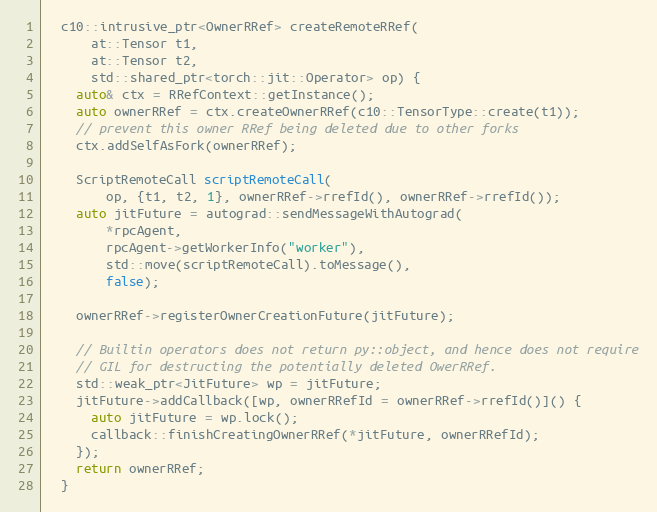
Language: C
  c10::intrusive_ptr<OwnerRRef> createRemoteRRef(
      at::Tensor t1,
      at::Tensor t2,
      std::shared_ptr<torch::jit::Operator> op) {
    auto& ctx = RRefContext::getInstance();
    auto ownerRRef = ctx.createOwnerRRef(c10::TensorType::create(t1));
    // prevent this owner RRef being deleted due to other forks
    ctx.addSelfAsFork(ownerRRef);

    ScriptRemoteCall scriptRemoteCall(
        op, {t1, t2, 1}, ownerRRef->rrefId(), ownerRRef->rrefId());
    auto jitFuture = autograd::sendMessageWithAutograd(
        *rpcAgent,
        rpcAgent->getWorkerInfo("worker"),
        std::move(scriptRemoteCall).toMessage(),
        false);

    ownerRRef->registerOwnerCreationFuture(jitFuture);

    // Builtin operators does not return py::object, and hence does not require
    // GIL for destructing the potentially deleted OwerRRef.
    std::weak_ptr<JitFuture> wp = jitFuture;
    jitFuture->addCallback([wp, ownerRRefId = ownerRRef->rrefId()]() {
      auto jitFuture = wp.lock();
      callback::finishCreatingOwnerRRef(*jitFuture, ownerRRefId);
    });
    return ownerRRef;
  }